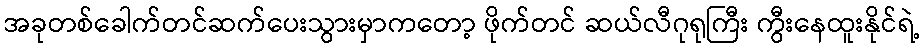
အခုတစ်ခေါက်တင်ဆက်ပေးသွားမှာကတော့ ဖိုက်တင် ဆယ်လီဂုရုကြီး ကွီးနေထူးနိုင်ရဲ့